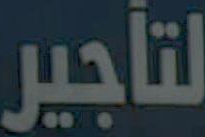
لتأجير